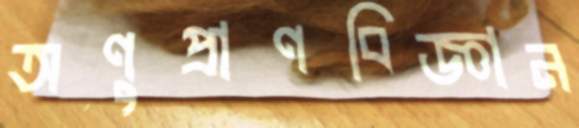
অণুপ্রাণবিজ্ঞান